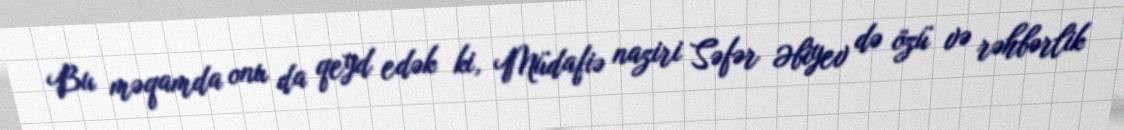
Bu məqamda onu da qeyd edək ki, Müdafiə naziri Səfər Əbiyev də özü və rəhbərlik